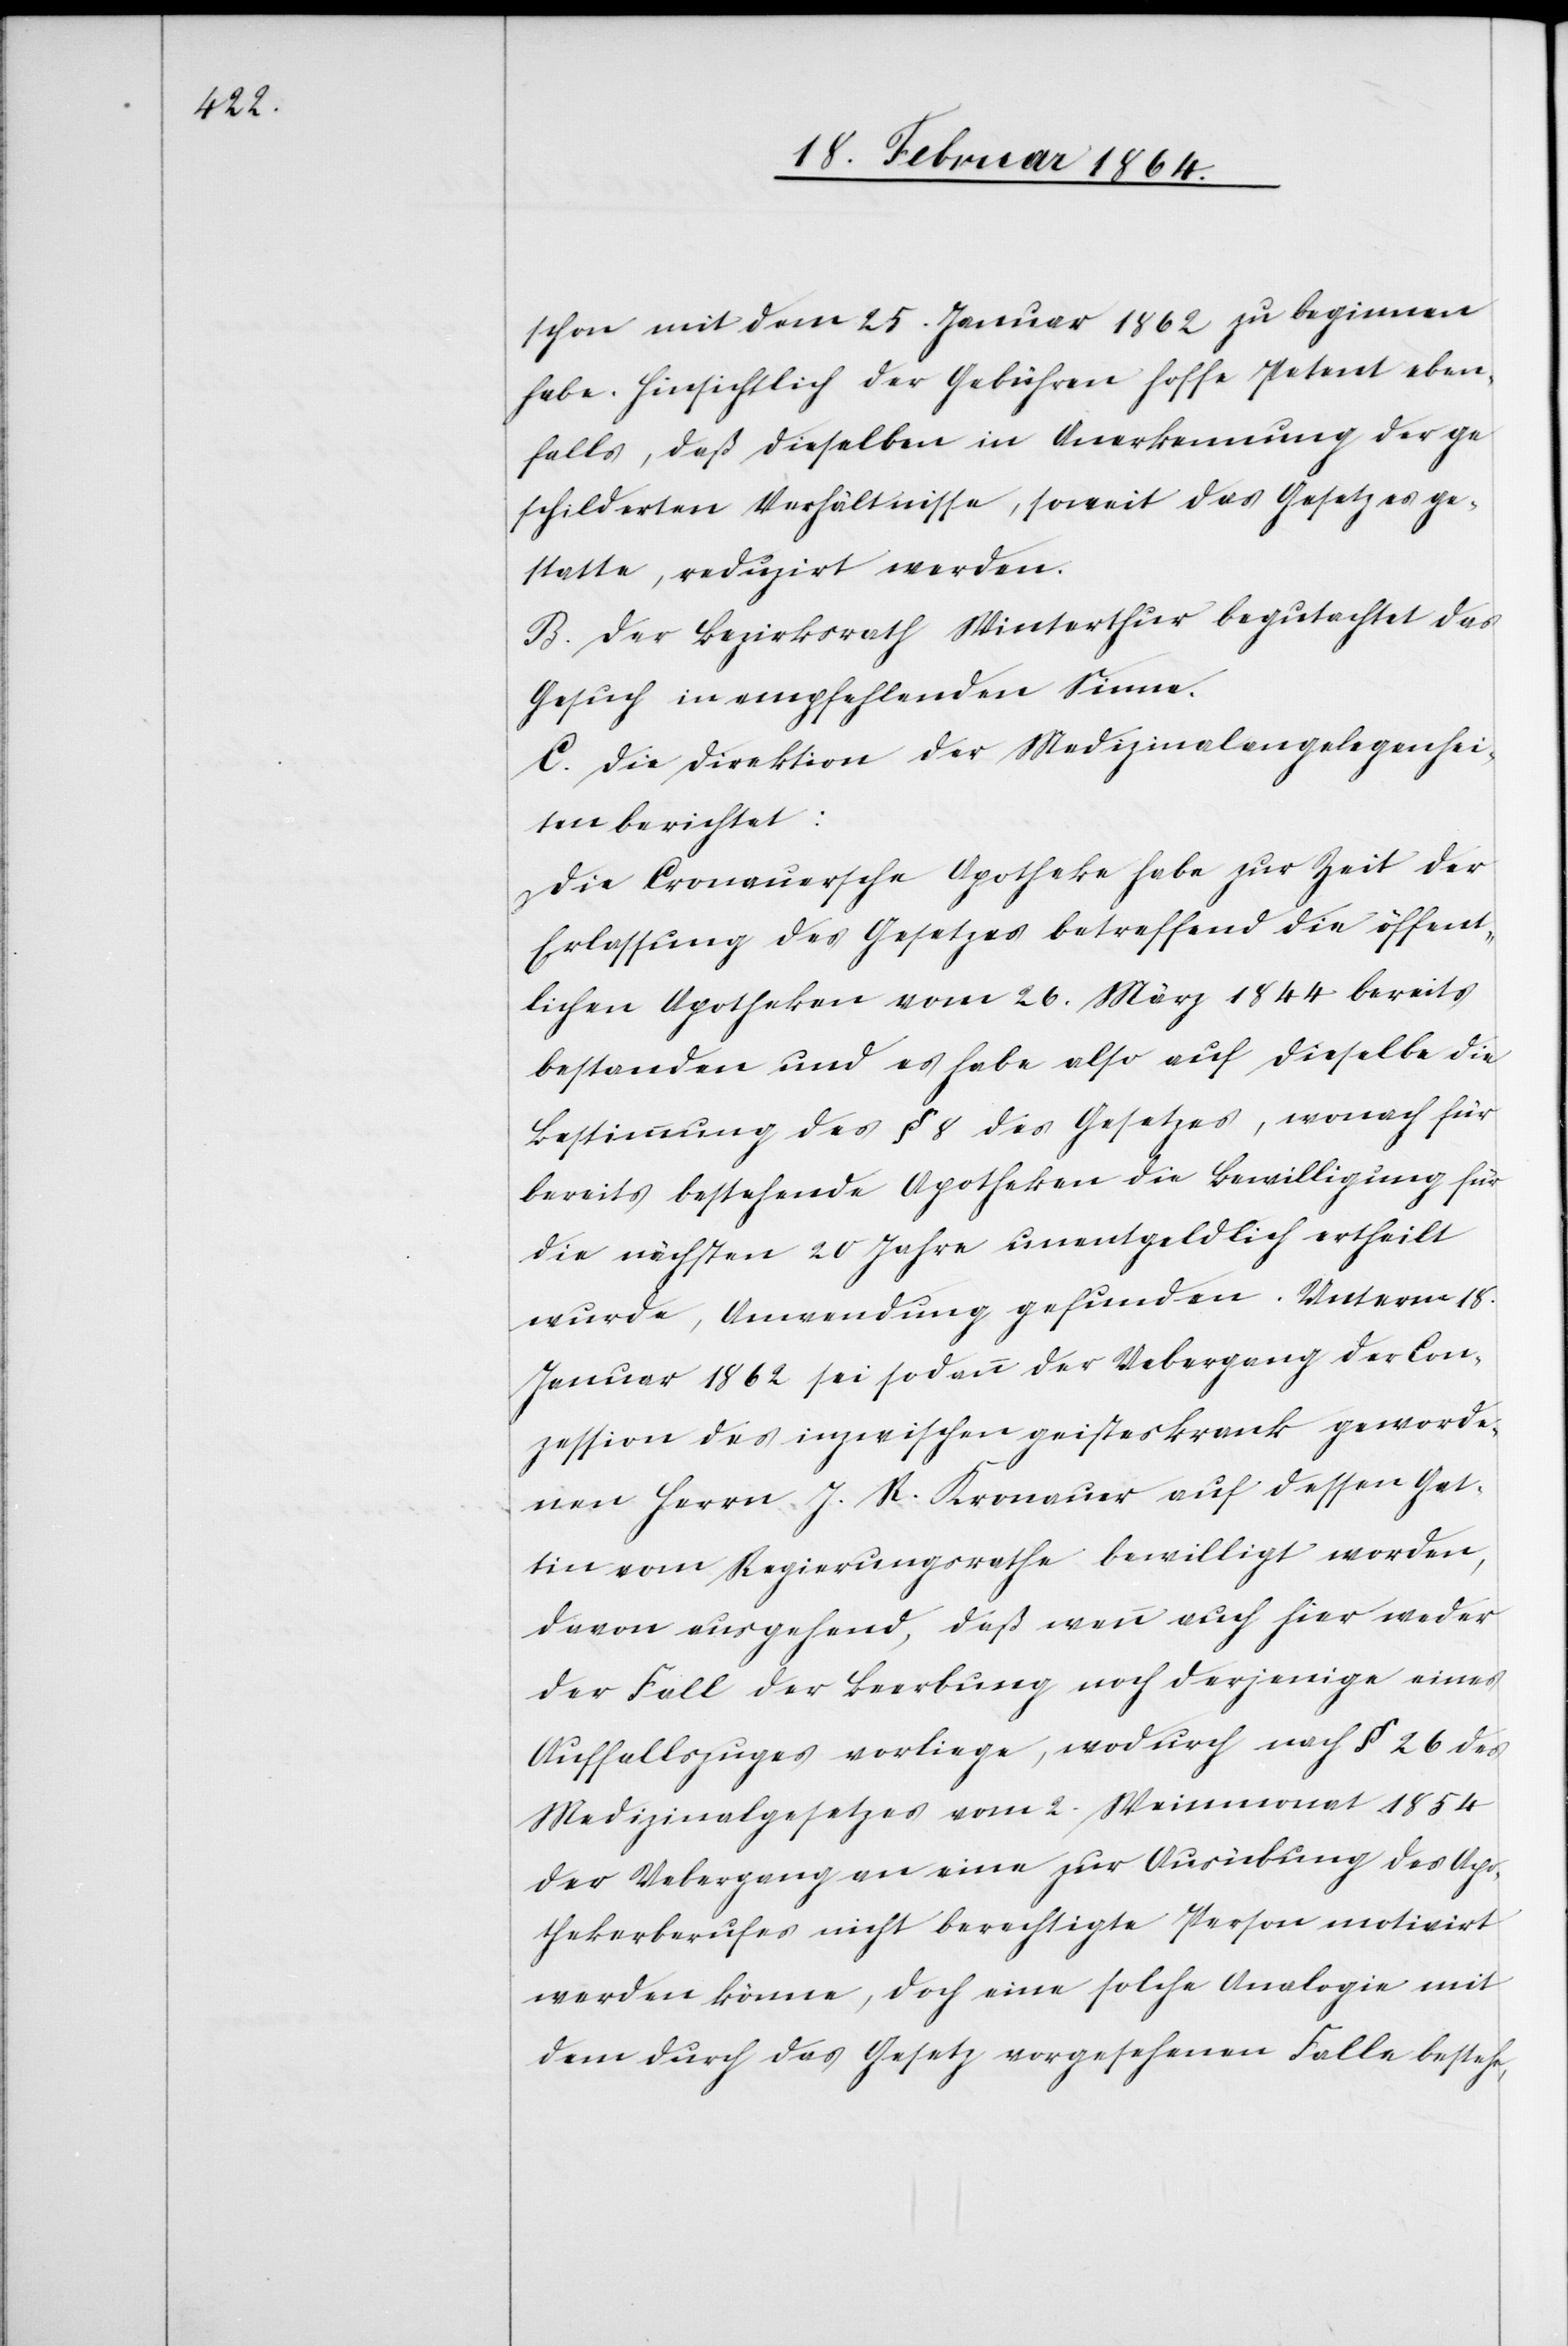
schon mit dem 25. Januar 1862 zu beginnen
habe. Hinsichtlich der Gebühren hoffe Petent eben¬
falls, daß dieselben in Anerkennung der ge¬
schilderten Verhältnisse, soweit das Gesetz es ge¬
statte, reduzirt werden.
B. Der Bezirksrath Winterthur begutachtet das
Gesuch in empfehlenden [sic!]
C. Die Direktion der Medizinalangelegenhei¬
ten berichtet:
Die Cronauersche Apotheke habe zur Zeit der
Erlassung des Gesetzes betreffend die öffent¬
lichen Apotheken vom 26. März 1844 bereits
bestanden und es habe also auf dieselbe die
Bestimmung des § 8 des Gesetzes, wonach für
bereits bestehende Apotheken die Bewilligung für
die nächsten 20 Jahre unentgeldlich ertheilt
wurde, Anwendung gefunden. Unterm 18.
Januar 1862 sei sodann der Uebergang der Con¬
zession des inzwischen geisteskrank geworde¬
nen Herrn J. R. Kronauer auf dessen Gat¬
tin vom Regierungsrathe bewilligt worden,
davon ausgehend, daß wenn auch hier weder
der Fall der Beerbung noch derjenige eines
Auffallszuges vorliege, wodurch nach § 26 des
Medizinalgesetzes vom 2. Weinmonat 1854
der Uebergang an eine zur Ausübung des Apo¬
thekerberufes nicht berechtigte Person motivirt
werden könne, doch eine solche Analogie mit
dem durch das Gesetz vorgesehenen Falle bestehe,